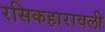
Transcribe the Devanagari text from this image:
रसिकहारावली